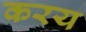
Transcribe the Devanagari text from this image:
करय